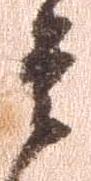
是